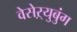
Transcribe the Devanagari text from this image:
वेसेऱ्युबुंग